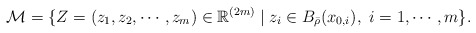
\begin{align*}\mathcal{M}=\{Z=(z_1,z_2,\cdots, z_m)\in\mathbb{R}^{(2m)}\mid z_i\in B_{\bar{\rho}}(x_{0,i}), \ i=1,\cdots,m\}.\end{align*}